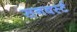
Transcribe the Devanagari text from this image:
सनबर्स्ट